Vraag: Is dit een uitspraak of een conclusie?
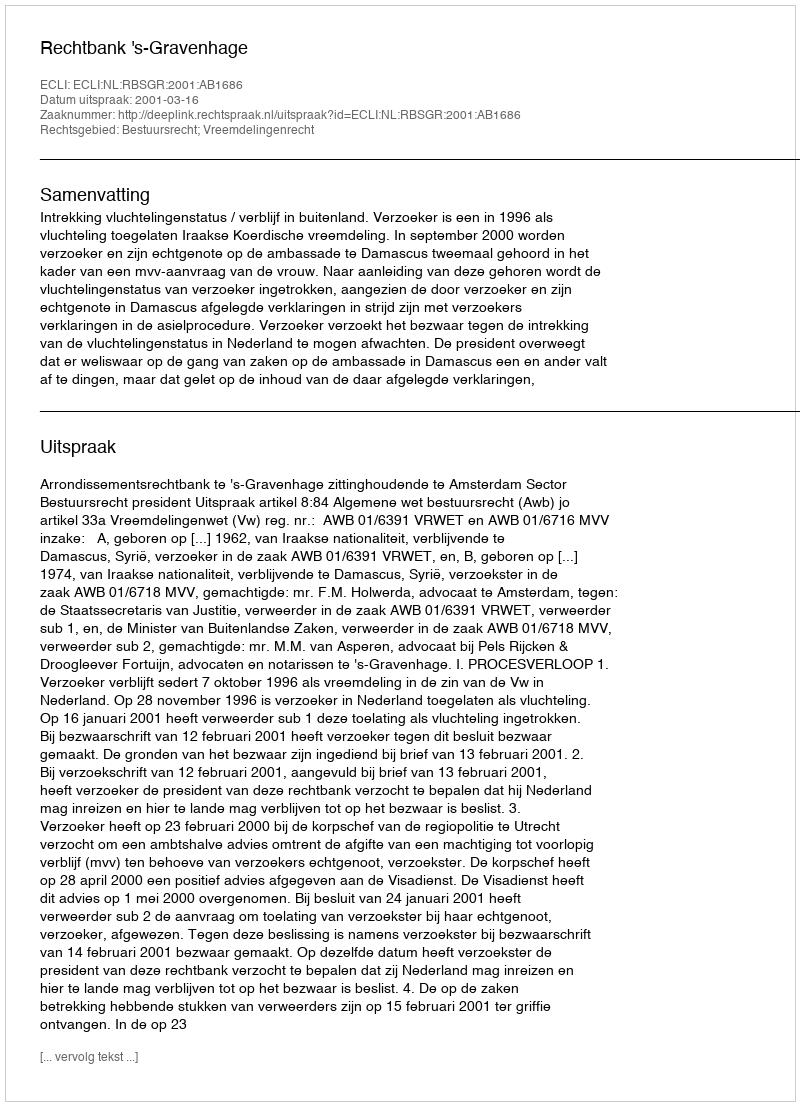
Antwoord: Uitspraak